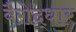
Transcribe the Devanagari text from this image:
वैरोद्धार